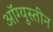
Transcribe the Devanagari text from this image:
ऑग्युस्तीन